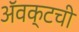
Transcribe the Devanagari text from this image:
ॲवक्टची